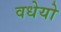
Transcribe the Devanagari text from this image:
वधेयो